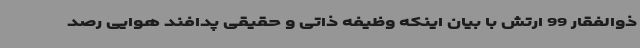
ذوالفقار 99 ارتش با بیان اینکه وظیفه ذاتی و حقیقی پدافند هوایی رصد